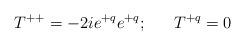
LaTeX: \begin{align*}T^{++}=-2ie^{+q}e^{+q};\ \ \ \ \ T^{+q}=0\end{align*}